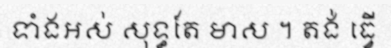
ទាំងអស់ សុទ្ធតែ មាស ។ តង់ ធ្វើ